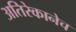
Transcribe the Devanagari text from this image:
अतिरेकानेच